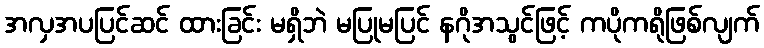
အလှအပပြင်ဆင် ထားခြင်း မရှိဘဲ မပြုမပြင် နဂိုအသွင်ဖြင့် ကပိုကရိုဖြစ်လျက်